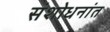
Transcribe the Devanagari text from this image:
संशोधनांत